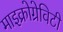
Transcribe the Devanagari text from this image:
माइक्रोग्रेविटी